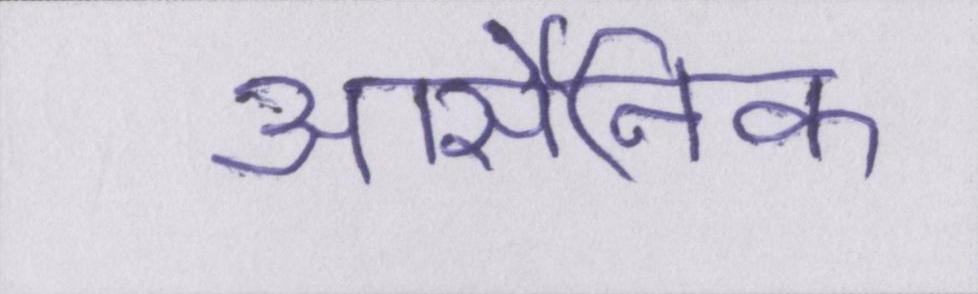
आर्सेनिक